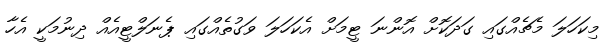
މިކަހަލަ މެޗެއްގައި ގަދަކޮށް އޮންނަ ޓީމަށް އެކަހަލަ ވަގުތެއްގައި ޕެނަލްޓީއެއް ދިނުމަކީ އެހާ